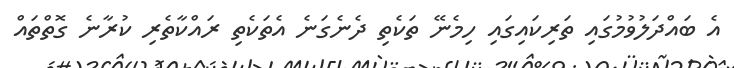
އެ ބައްދަލުވުމުގައި ތަރިކައިގައި ހިމެނޭ ތަކެތި ދެނެގަނެ އެތަކެތި ރައްކާތެރި ކުރާނެ ގޮތްތައް